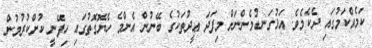
ކަމެއްކަމުގައި ދެކެމެވެ. އަޅުގަނޑުމެންނަށް މިފަދަ ޢީދުތަކުގެ ބޭނުން އެންމެ ހެޔޮގޮތުގައި ހިފޭނީ ކުށްކުރުމުން